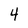
Character: 4